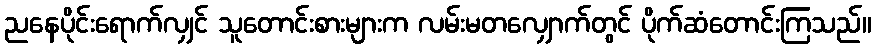
ညနေပိုင်းရောက်လျှင် သူတောင်းစားများက လမ်းမတလျှောက်တွင် ပိုက်ဆံတောင်းကြသည်။